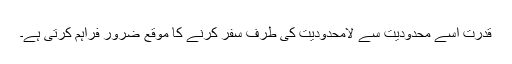
قدرت اسے محدودیت سے لامحدودیت کی طرف سفر کرنے کا موقع ضرور فراہم کرتی ہے۔